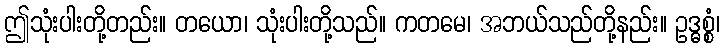
ဤသုံးပါးတို့တည်း။ တယော၊ သုံးပါးတို့သည်။ ကတမေ၊ အဘယ်သည်တို့နည်း။ ဥဒ္ဓစ္စံ၊